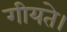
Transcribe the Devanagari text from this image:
गीयते।